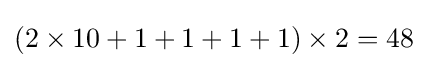
(2\times 10+1+1+1+1)\times 2=48